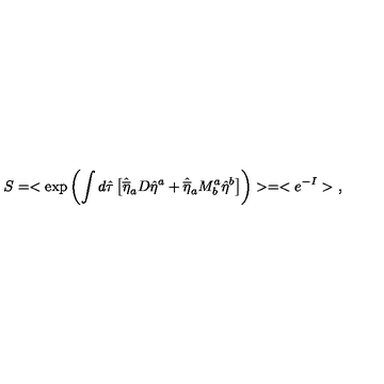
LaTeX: S = < \exp \left( \int d \hat { \tau } \left[ \hat { \overline { { \eta } } } _ { a } D \hat { \eta } ^ { a } + \hat { \overline { { \eta } } } _ { a } M _ { b } ^ { a } \hat { \eta } ^ { b } \right] \right) > = < e ^ { - I } > \ ,